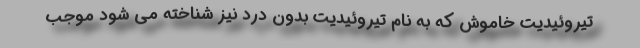
تیروئیدیت خاموش که به نام تیروئیدیت بدون درد نیز شناخته می شود موجب